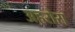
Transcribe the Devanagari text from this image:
अहरोरा